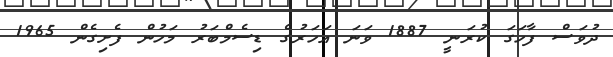
ދުވަސް ފާހަގަ ކުރަނީ 1887 ވަނަ އަހަރުގެ ޑިސެމްބަރު މަހުން ފެށިގެން 1965